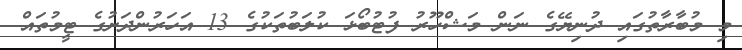
މި މުބާރާތުގައި ދުނިޔޭގެ ނަން މަޝްހޫރު ފުޓުބޯޅަ ކުލަބުތަކުގެ 13 އަހަރުންދަށުގެ ޓީމުތައް